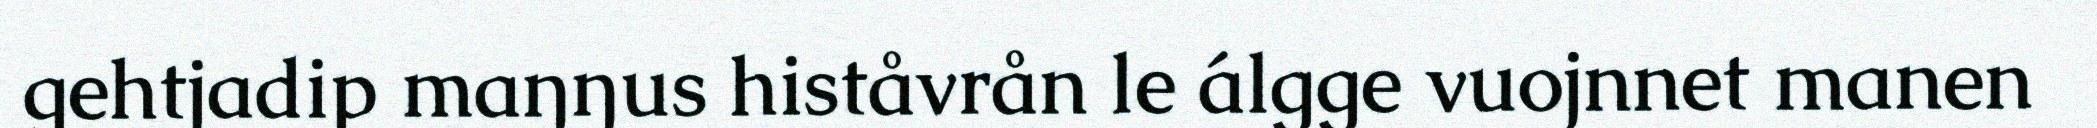
gehtjadip maŋŋus histåvrån le álgge vuojnnet manen